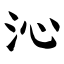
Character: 沁